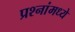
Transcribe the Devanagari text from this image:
प्रश्नांमध्ये